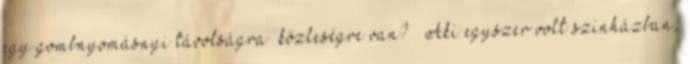
egy gombnyomásnyi távolságra közleségre van? – Aki egyszer volt színházban,